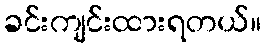
ခင်းကျင်းထားရတယ်။